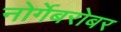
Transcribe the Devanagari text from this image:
नोर्गेबरोबर